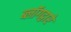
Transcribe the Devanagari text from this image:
ब्लॉगद्वारे